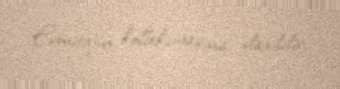
Ermitajın kolleksiyasına daxildir.